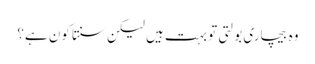
وہ بیچاری بولتی تو بہت ہیں لیکن سنتا کون ہے؟